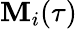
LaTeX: \mathbf{M}_{i}(\tau)